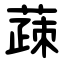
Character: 䔫